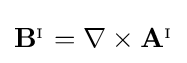
\mathbf {B} ^{_{\mathrm {I} }}=\nabla \times \mathbf {A} ^{_{\mathrm {I} }}